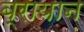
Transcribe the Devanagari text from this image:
ब्रायान